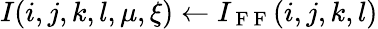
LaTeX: I(i,j,k,l,\mu,\xi)\leftarrow I_{\mathrm{~F~F~}}(i,j,k,l)